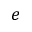
e